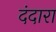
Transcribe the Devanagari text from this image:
दंदारा